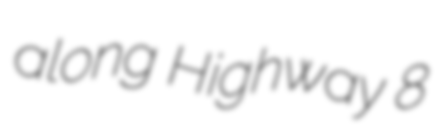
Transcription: along Highway 8